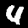
Label: 4